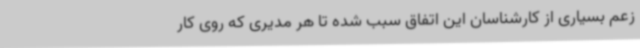
زعم بسیاری از کارشناسان این اتفاق سبب شده تا هر مدیری که روی کار